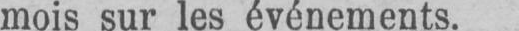
mois sur les événements.